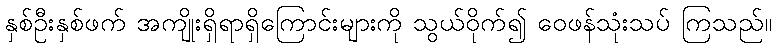
နှစ်ဦးနှစ်ဖက် အကျိုးရှိရာရှိကြောင်းများကို သွယ်ဝိုက်၍ ဝေဖန်သုံးသပ် ကြသည်။